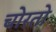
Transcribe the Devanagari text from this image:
चोरतो